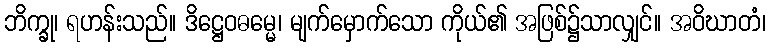
ဘိက္ခု၊ ရဟန်းသည်။ ဒိဋ္ဌေဝဓမ္မေ၊ မျက်မှောက်သော ကိုယ်၏ အဖြစ်၌သာလျှင်။ အဝိဃာတံ၊